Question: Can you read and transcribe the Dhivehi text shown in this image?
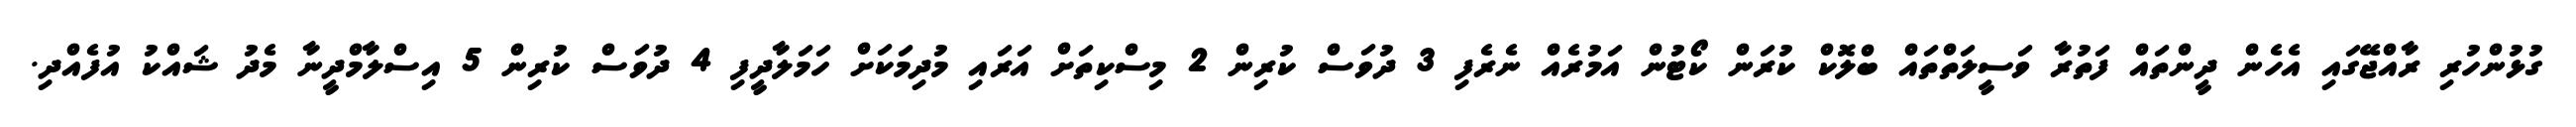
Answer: ގުޅުންހުރި ރާއްޖޭގައި އެހެން ދީންތައް ފަތުރާ ވަސީލަތްތައް ބްލޮކް ކުރަން ކޯޓުން އަމުރެއް ނެރެފި 3 ދުވަސް ކުރިން 2 މިސްކިތަށް އަރައި މުދިމަކަށް ހަމަލާދީފި 4 ދުވަސް ކުރިން 5 އިސްލާމްދީނާ މެދު ޝައްކު އުފެއްދި.